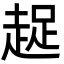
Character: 趗